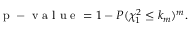
\begin{array} { r } { \mathrm { ~ p ~ - ~ v ~ a ~ l ~ u ~ e ~ } = 1 - P ( \chi _ { 1 } ^ { 2 } \leq k _ { m } ) ^ { m } . } \end{array}